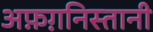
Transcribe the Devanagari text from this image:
अफ़ग़निस्तानी